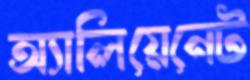
অ্যালিয়েনেট